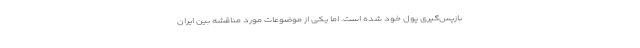
بازپس‌گیری پول خود شده است. اما یکی از موضوعات مورد مناقشه بین ایران